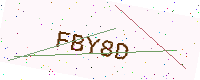
Text: FBY8D